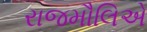
રાજમૌલિએ